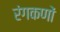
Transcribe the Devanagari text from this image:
रंगकणों